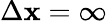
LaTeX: \Delta\mathbf{x}=\infty